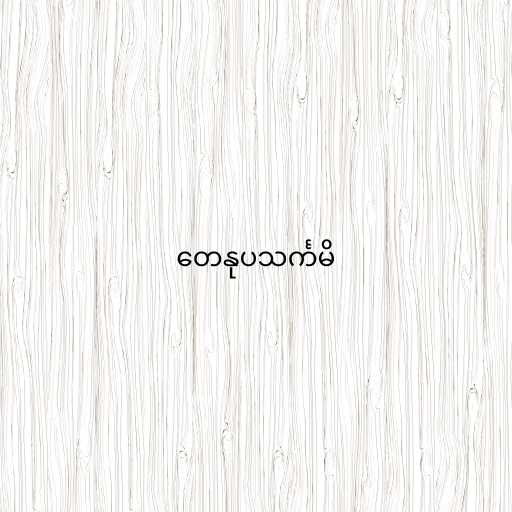
တေနုပသင်္ကမိ